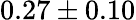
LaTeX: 0.27\pm 0.10